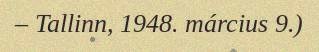
– Tallinn, 1948. március 9.)